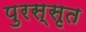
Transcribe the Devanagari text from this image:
पुरस्सृत